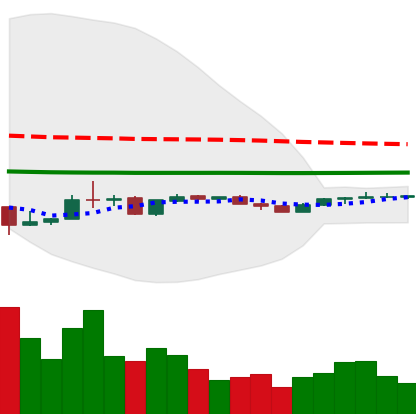
Ticker: LINK-USD
Chart end date: 2020-04-04
Forward return: 42.794%
Label: up_7plus